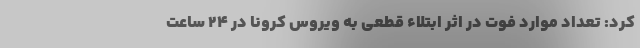
کرد: تعداد موارد فوت در اثر ابتلاء قطعی به ویروس کرونا در ۲۴ ساعت